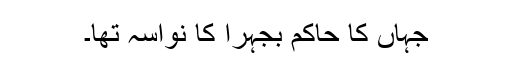
جہاں کا حاکم بجہرا کا نواسہ تھا۔